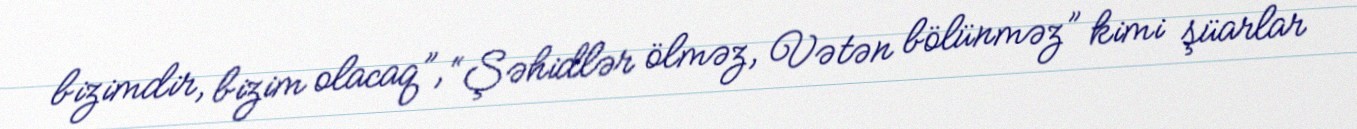
bizimdir, bizim olacaq”, “Şəhidlər ölməz, Vətən bölünməz” kimi şüarlar